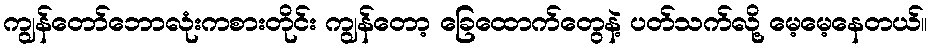
ကျွန်တော်ဘောလုံးကစားတိုင်း ကျွန်တော့ ခြေထောက်တွေနဲ့ ပတ်သက်လို့ မေ့မေ့နေတယ်။